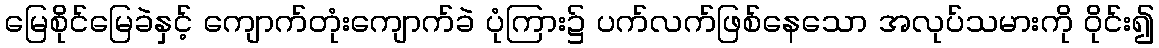
မြေစိုင်မြေခဲနှင့် ကျောက်တုံးကျောက်ခဲ ပုံကြား၌ ပက်လက်ဖြစ်နေသော အလုပ်သမားကို ဝိုင်း၍